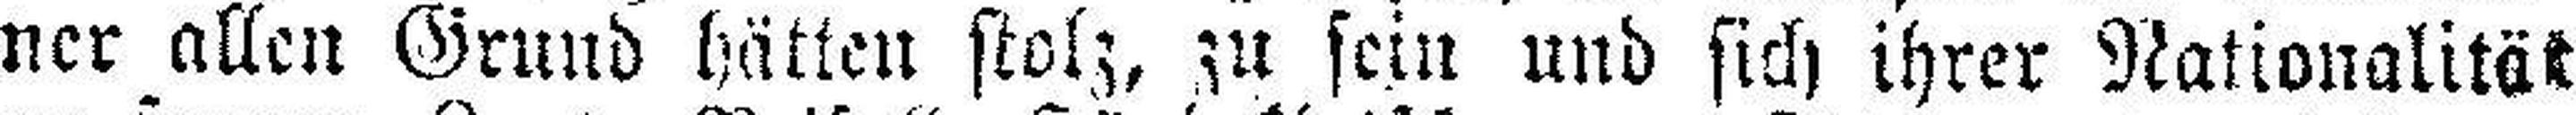
ner allen Grund hätten stolz, zu sein und sich ihrer Nationalität